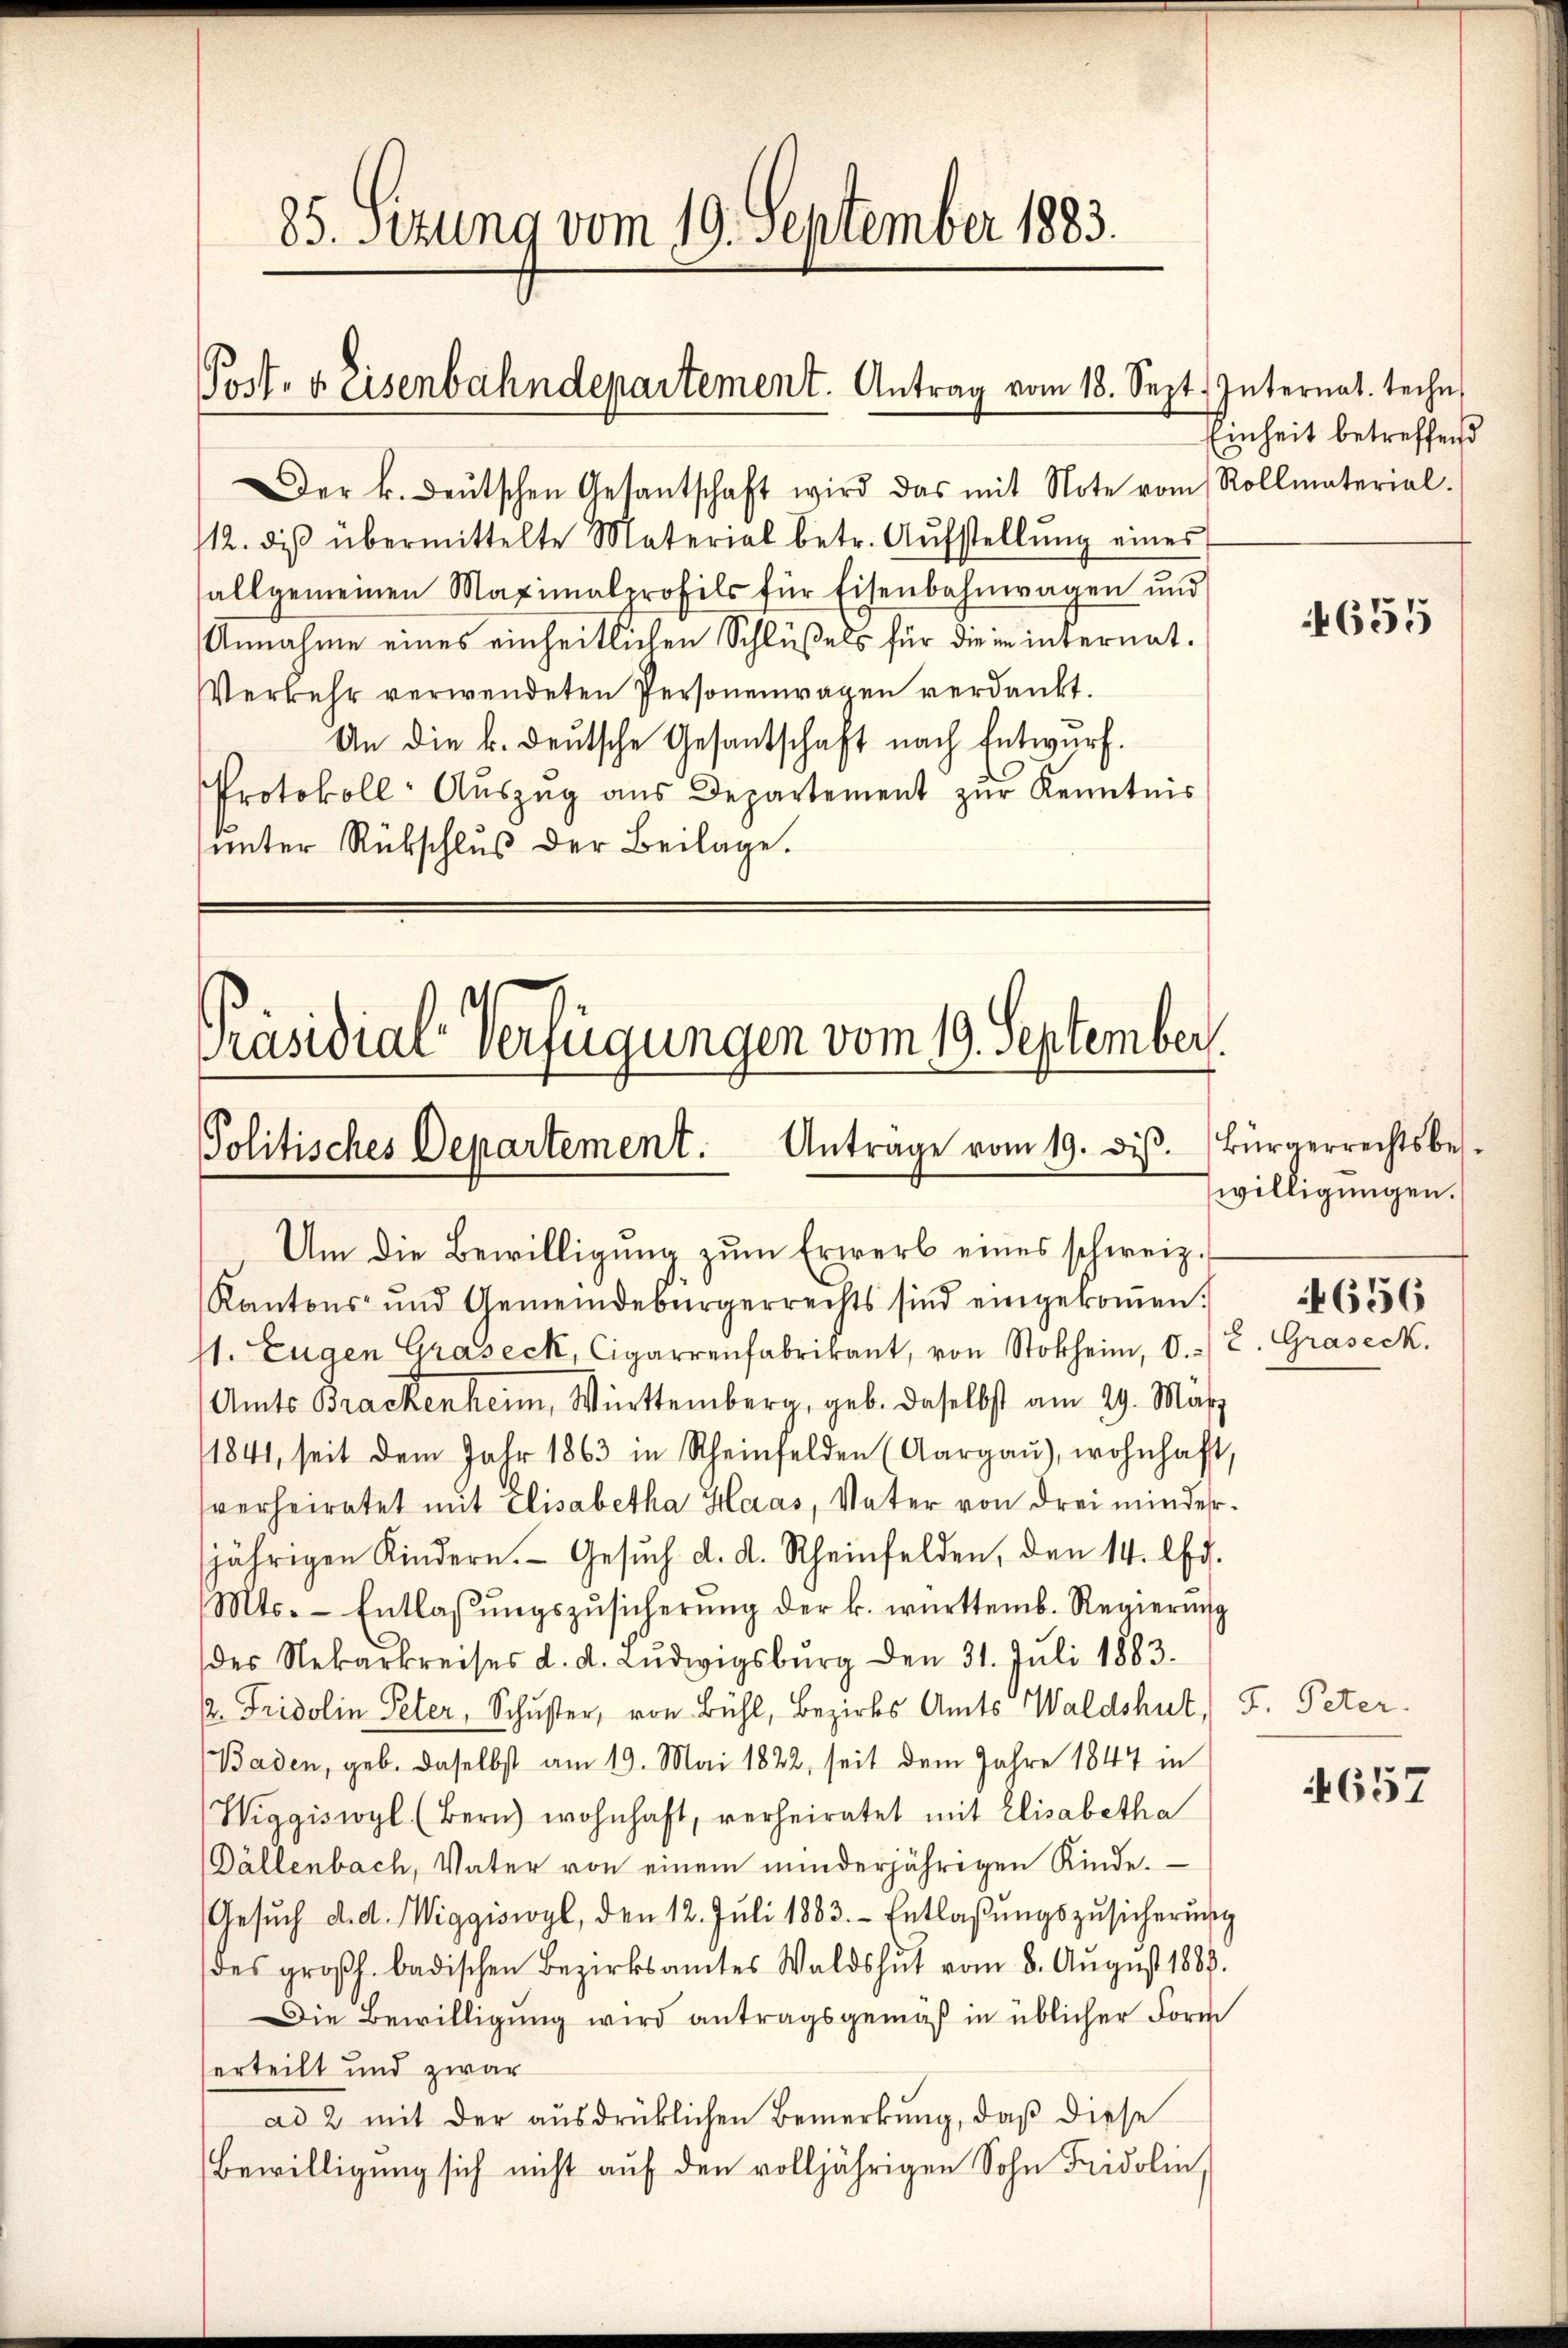
Der k. deŭtschen Gesantschaft wird das mit Note vom Rollmaterial-
112. des übermittelte Material betr. Aŭfstellŭng eines
sallgemeinen Maximalprofils für Eisenbahnwagen und
Annahme eines einheitlichen Schlüßels für die in internat.
Verkehr verwendeten Personenwagen verdankt.
An die k. deutsche Gesantschaft nach Entwurf.
Protokoll- Aŭszŭg aŭs Departement zŭr Kenntnis
unter Rükschluß der Beilage.

85. Sitzung vom 19. September 1883.

Post- & Eisenbahndepartement. Antrag vom 18. Sep.

Präsidial-Verfügungen vom 19. September.
Politisches Departement. Antrage vom 19. diβ. Bürgerrechtsbes.

Um die Bewilligung zum Erwerb eines schweiz.
Kantons- und Gemeindebürgerrechts sind eingekoṁen.
11. Eugen Graseck, Cigarrenfabrikant, von Stoke, d. 2. Graseck
Amts Brackenheim, Württemberg, geb. daselbst am 29. März
1841, seit dem Jahr 1863 in Rheinfelden (Aargaŭ), wohnhaft,
sverheiratet mit Elisabetha Haas, Vater von drei minderjährigen Kindern. Gesŭch d. d. Rheinfelden, den 14. d.
Mts. Entlassŭngszŭsicherŭng der k. württemb. Regierŭng
des Nekarkreises d. d. Lŭdwigsburg den 31. Juli 1883.
2. Fridolin Peter, Schuster, von Bühl, Bezirks Amts Waldshut, F. Peter.
Baden, geb. daselbst am 19. Mai 1822, seit dem Jahre 1847 in
Wiggiswyl (Bern) wohnhaft, verheiratet mit Elisabetha
Dällenbach, Vater von einem minderjährigen Kinde.
Gesŭch d. d. Wiggiswyl, den 12. Jŭli 1883. Entlaβŭngszŭsicherŭng
des großh. badischen Bezirksamtes Waldshut vom 8. August 1883.
Die Bewilligung wird antragsgemäß in üblicher Form
erteilt und zwar
ad 2 mit der ausdrücklichen Bemerkung, daß diese
Bewilligung sich nicht auf den volljährigen Sohn Fridolin,

t. Internat. Techn
Einheit betreffend

655

willigungen.

656

657